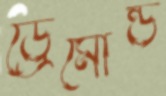
ড্রেমোন্ড